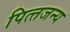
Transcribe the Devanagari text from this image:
पित्‍तजन्‍य